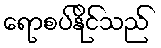
ရောစပ်နိုင်သည်